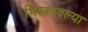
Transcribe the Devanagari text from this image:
भिरकावल्या